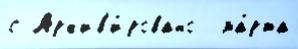
с Арх'ив'и́ровано  ма́рта